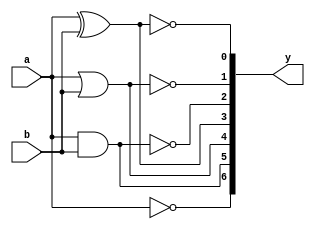
`timescale 1ns / 1ps
//////////////////////////////////////////////////////////////////////////////////
// Company: 
// Engineer: 
// 
// Design Name: 
// Module Name: logic_gates
// Project Name: 
// Target Devices: 
// Tool Versions: 
// Description: 
// 
// Dependencies: 
// 
// Revision:
// Revision 0.01 - File Created
// Additional Comments:
// 
//////////////////////////////////////////////////////////////////////////////////


module logic_gates(
    input a,b,
    output [1:7] y
    );
    assign y[1]=~a,
           y[2]=a&b,
           y[3]=a|b,
           y[4]=a^b,
           y[5]=~(a&b),
           y[6]=~(a|b),
           y[7]=~(a^b);
endmodule